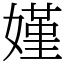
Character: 嫤